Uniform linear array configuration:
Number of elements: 8
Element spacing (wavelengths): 1
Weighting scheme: blackman
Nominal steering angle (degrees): -15
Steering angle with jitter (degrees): -13.792
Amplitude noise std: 0.05
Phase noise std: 0.05

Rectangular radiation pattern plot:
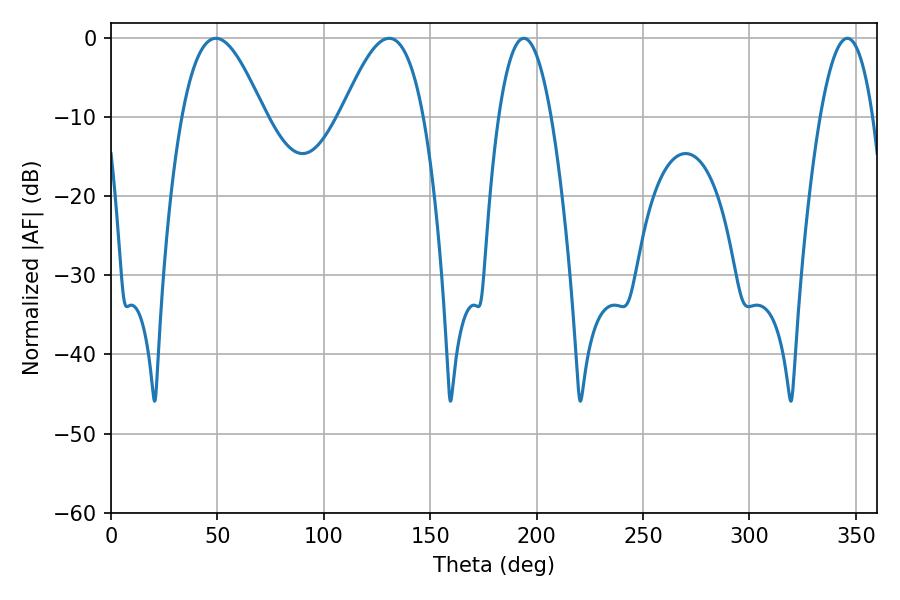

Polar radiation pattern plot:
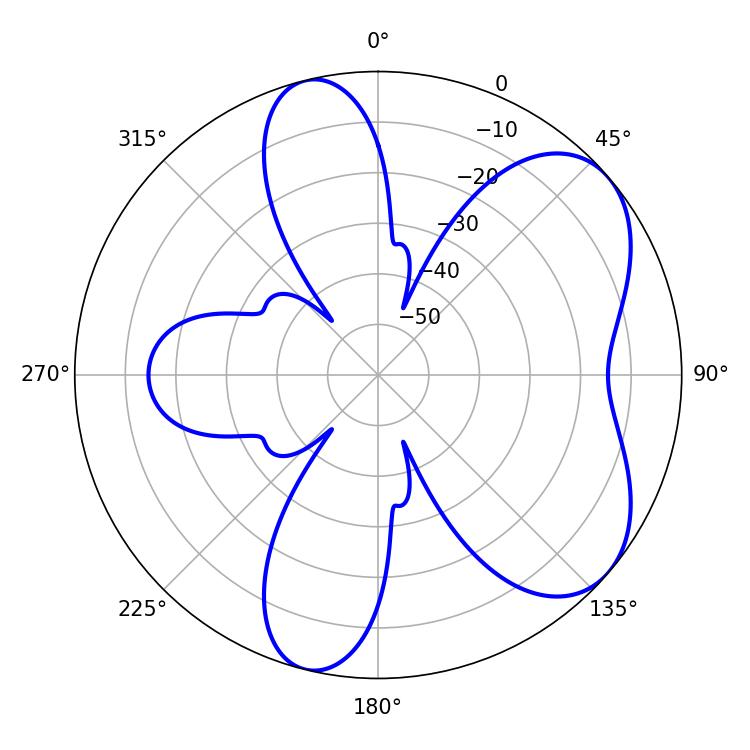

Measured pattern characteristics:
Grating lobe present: TRUE
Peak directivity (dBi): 6.075
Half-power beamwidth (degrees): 20.88
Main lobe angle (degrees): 49.32